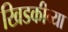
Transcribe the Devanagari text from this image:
खिडकीच्या